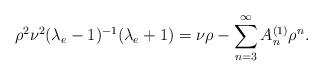
LaTeX: \begin{align*}\rho^2 \nu^2 (\lambda_e-1)^{-1}(\lambda_e+1)=\nu \rho -\sum_{n=3}^{\infty} A^{(1)}_n \rho^n. \end{align*}